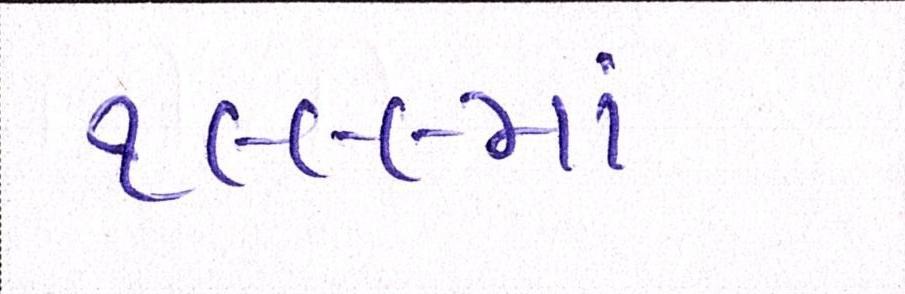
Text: ૧૯૯૯માં